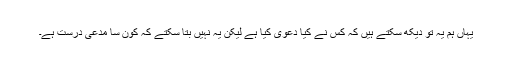
یہاں ہم یہ تو دیکھ سکتے ہیں کہ کس نے کیا دعوی کیا ہے لیکن یہ نہیں بتا سکتے کہ کون سا مدعی درست ہے۔